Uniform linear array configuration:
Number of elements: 48
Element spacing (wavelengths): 0.75
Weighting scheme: hamming
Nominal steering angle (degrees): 30
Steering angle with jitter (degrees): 31.863
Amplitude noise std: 0.05
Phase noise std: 0.05

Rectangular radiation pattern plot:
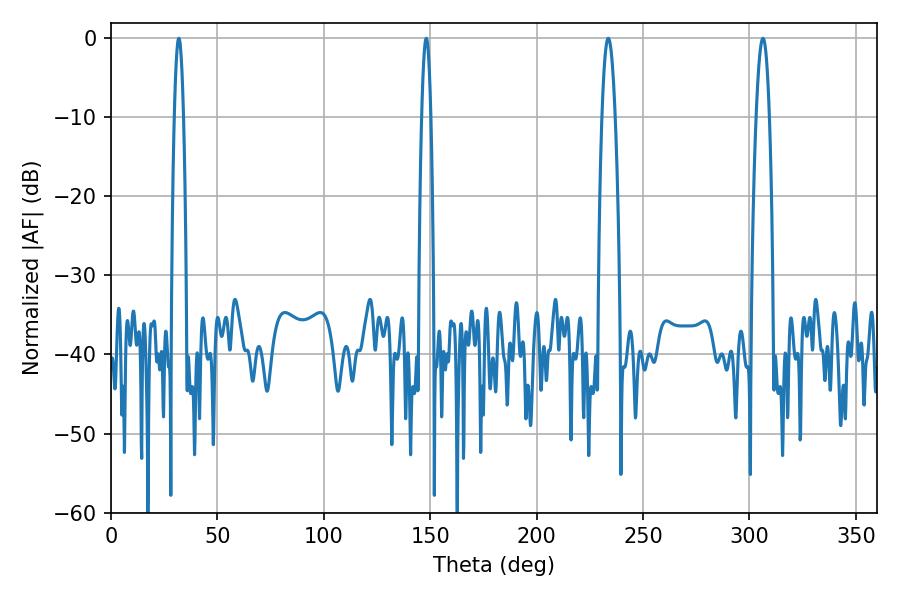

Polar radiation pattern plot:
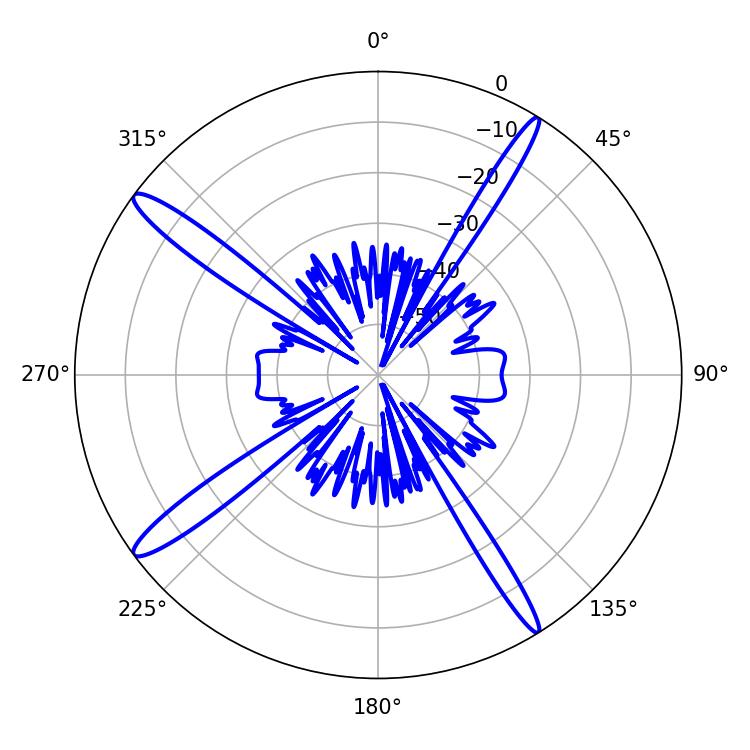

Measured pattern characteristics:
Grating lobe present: TRUE
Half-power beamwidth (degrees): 2.16
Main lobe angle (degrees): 31.86